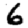
Digit: 6